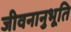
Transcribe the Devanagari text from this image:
जीवनानुभूति